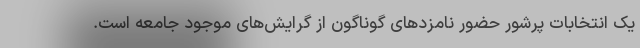
یک انتخابات پرشور حضور نامزدهای گوناگون از گرایش‌های موجود جامعه است.